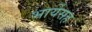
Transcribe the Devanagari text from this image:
भार्येसह